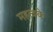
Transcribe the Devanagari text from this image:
महत्वके